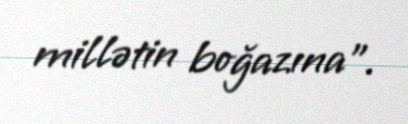
millətin boğazına".